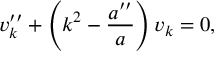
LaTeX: v _ { k } ^ { \prime \prime } + \left( k ^ { 2 } - { \frac { a ^ { \prime \prime } } { a } } \right) v _ { k } = 0 ,